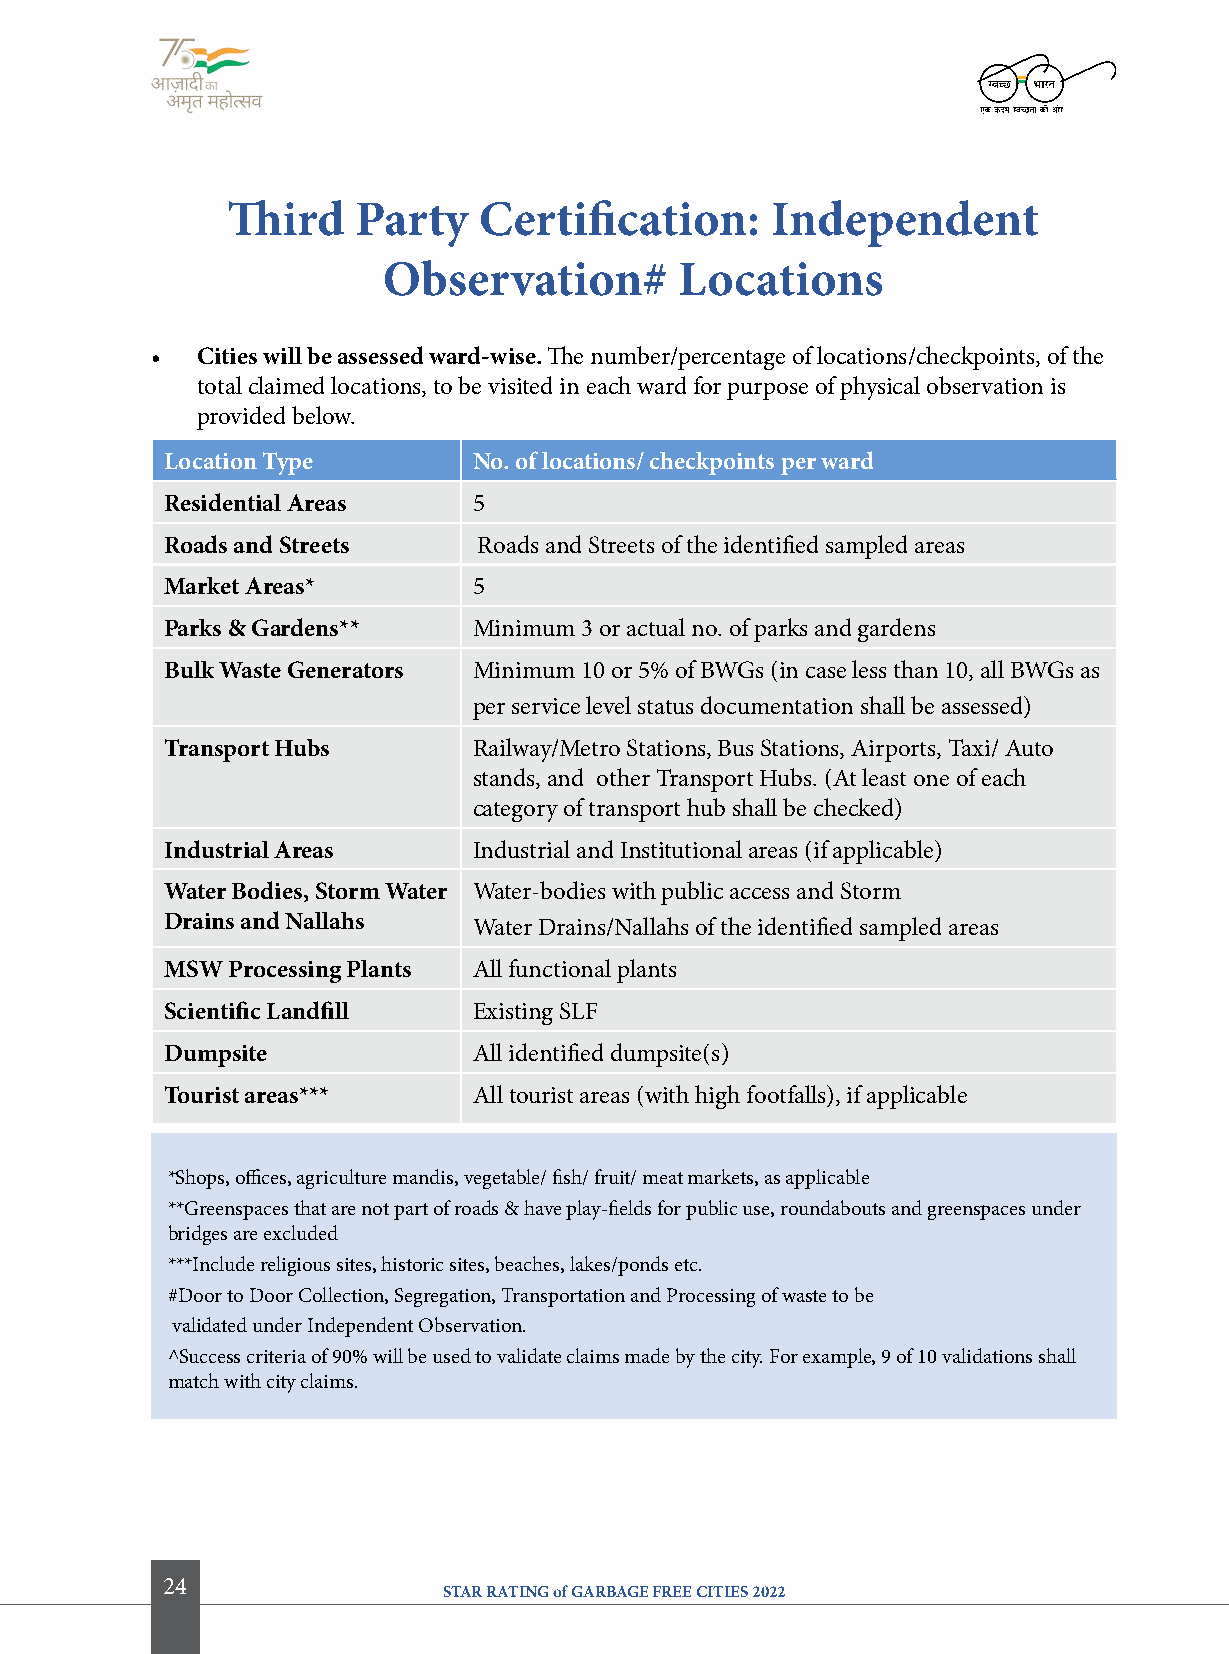
Third    Party   certification:     independent
 observation#        locations
 •  cities will be assessed ward-wise. The number/percentage of locations/checkpoints, of the
 total claimed locations, to be visited in each ward for purpose of physical observation is
 provided below.
 location type       No. of locations/ checkpoints per ward
 residential areas   5
 roads and Streets    Roads and Streets of the identified sampled areas
 Market areas*       5
 Parks & gardens**   Minimum 3 or actual no. of parks and gardens
 Bulk Waste generators Minimum 10 or 5% of BWGs (in case less than 10, all BWGs as
 per service level status documentation shall be assessed)
 transport Hubs      Railway/Metro Stations, Bus Stations, Airports, Taxi/ Auto
 stands, and other Transport Hubs. (At least one of each
 category of transport hub shall be checked)
 industrial areas    Industrial and Institutional areas (if applicable)
 Water Bodies, Storm Water Water-bodies with public access and Storm
 Drains and Nallahs  Water Drains/Nallahs of the identified sampled areas
 MSW Processing Plants All functional plants
 Scientific landfill Existing SLF
 Dumpsite            All identified dumpsite(s)
 tourist areas***    All tourist areas (with high footfalls), if applicable
 *Shops, offices, agriculture mandis, vegetable/ fish/ fruit/ meat markets, as applicable
 **Greenspaces that are not part of roads & have play-fields for public use, roundabouts and greenspaces under
 bridges are excluded
 ***Include religious sites, historic sites, beaches, lakes/ponds etc.
 #Door to Door Collection, Segregation, Transportation and Processing of waste to be
 validated under Independent Observation.
 ^Success criteria of 90% will be used to validate claims made by the city. For example, 9 of 10 validations shall
 match with city claims.
 24
 STAR RATING of GARBAGE FREE CITIES 2022